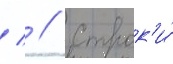
  // Строк'и́